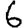
Digit: 6